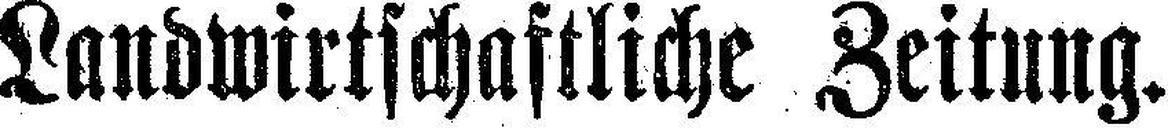
Landwirtschaftliche Zeitung.